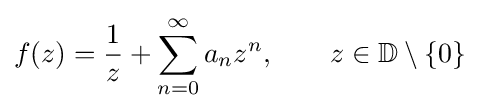
f(z)={\frac {1}{z}}+\sum _{n=0}^{\infty }a_{n}z^{n},\qquad z\in \mathbb {D} \setminus \{0\}